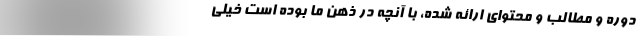
دوره و مطالب و محتوای ارائه شده،‌ با آنچه در ذهن ما بوده است خیلی